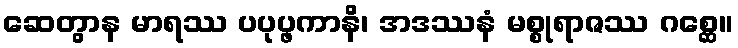
ဆေတွာန မာရဿ ပပုပ္ဖကာနိ၊ အဒဿနံ မစ္စုရာဇဿ ဂစ္ဆေ။